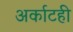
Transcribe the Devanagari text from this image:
अर्काटही